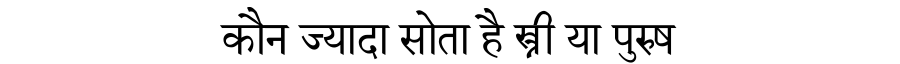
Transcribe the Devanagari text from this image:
कौन ज्यादा सोता है स्त्री या पुरुष